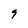
Character: 9